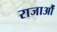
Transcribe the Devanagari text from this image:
राजाऔं